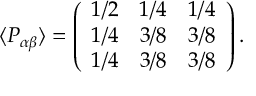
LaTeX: \langle P _ { \alpha \beta } \rangle = \left( \begin{array} { c c c } { { 1 / 2 } } & { { 1 / 4 } } & { { 1 / 4 } } \\ { { 1 / 4 } } & { { 3 / 8 } } & { { 3 / 8 } } \\ { { 1 / 4 } } & { { 3 / 8 } } & { { 3 / 8 } } \end{array} \right) .